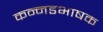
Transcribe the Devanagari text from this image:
कन्‍नडभाषक